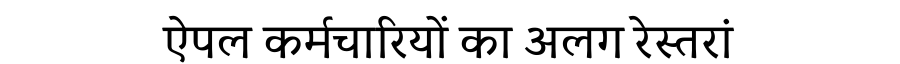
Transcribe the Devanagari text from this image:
ऐपल कर्मचारियों का अलग रेस्तरां